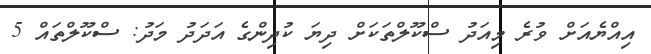
އިއްޔެއަށް ވުރެ މިއަދު ސްކޫލްތަކަށް ދިޔަ ކުދިންގެ އަދަދު މަދު: ސްކޫލްތައް 5